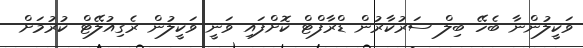
ވަކީލުންނާ ބެހޭ ބިލް ސަރުކާރުން ޑްރާފްޓް ކޮށްފައި ވަނީ ވަކީލުން ރެގިއުލޭޓް ކުރުމަށް